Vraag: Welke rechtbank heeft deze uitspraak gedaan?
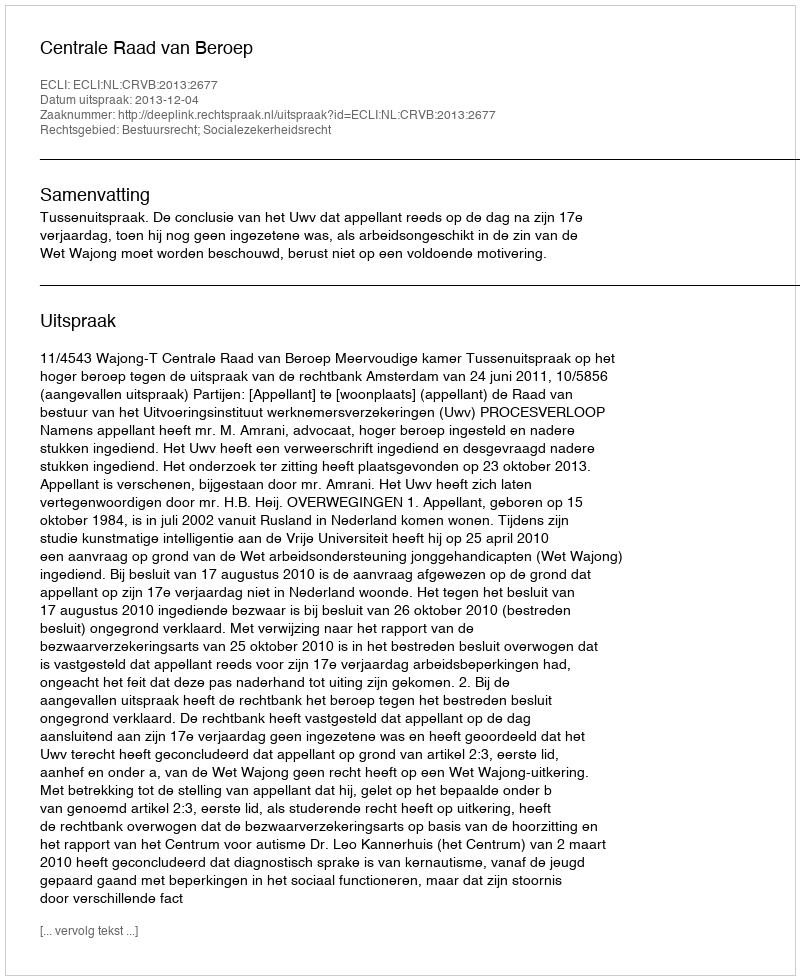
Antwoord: Centrale Raad van Beroep